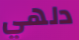
دلهي